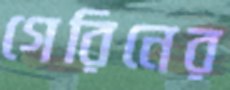
গেরিনের